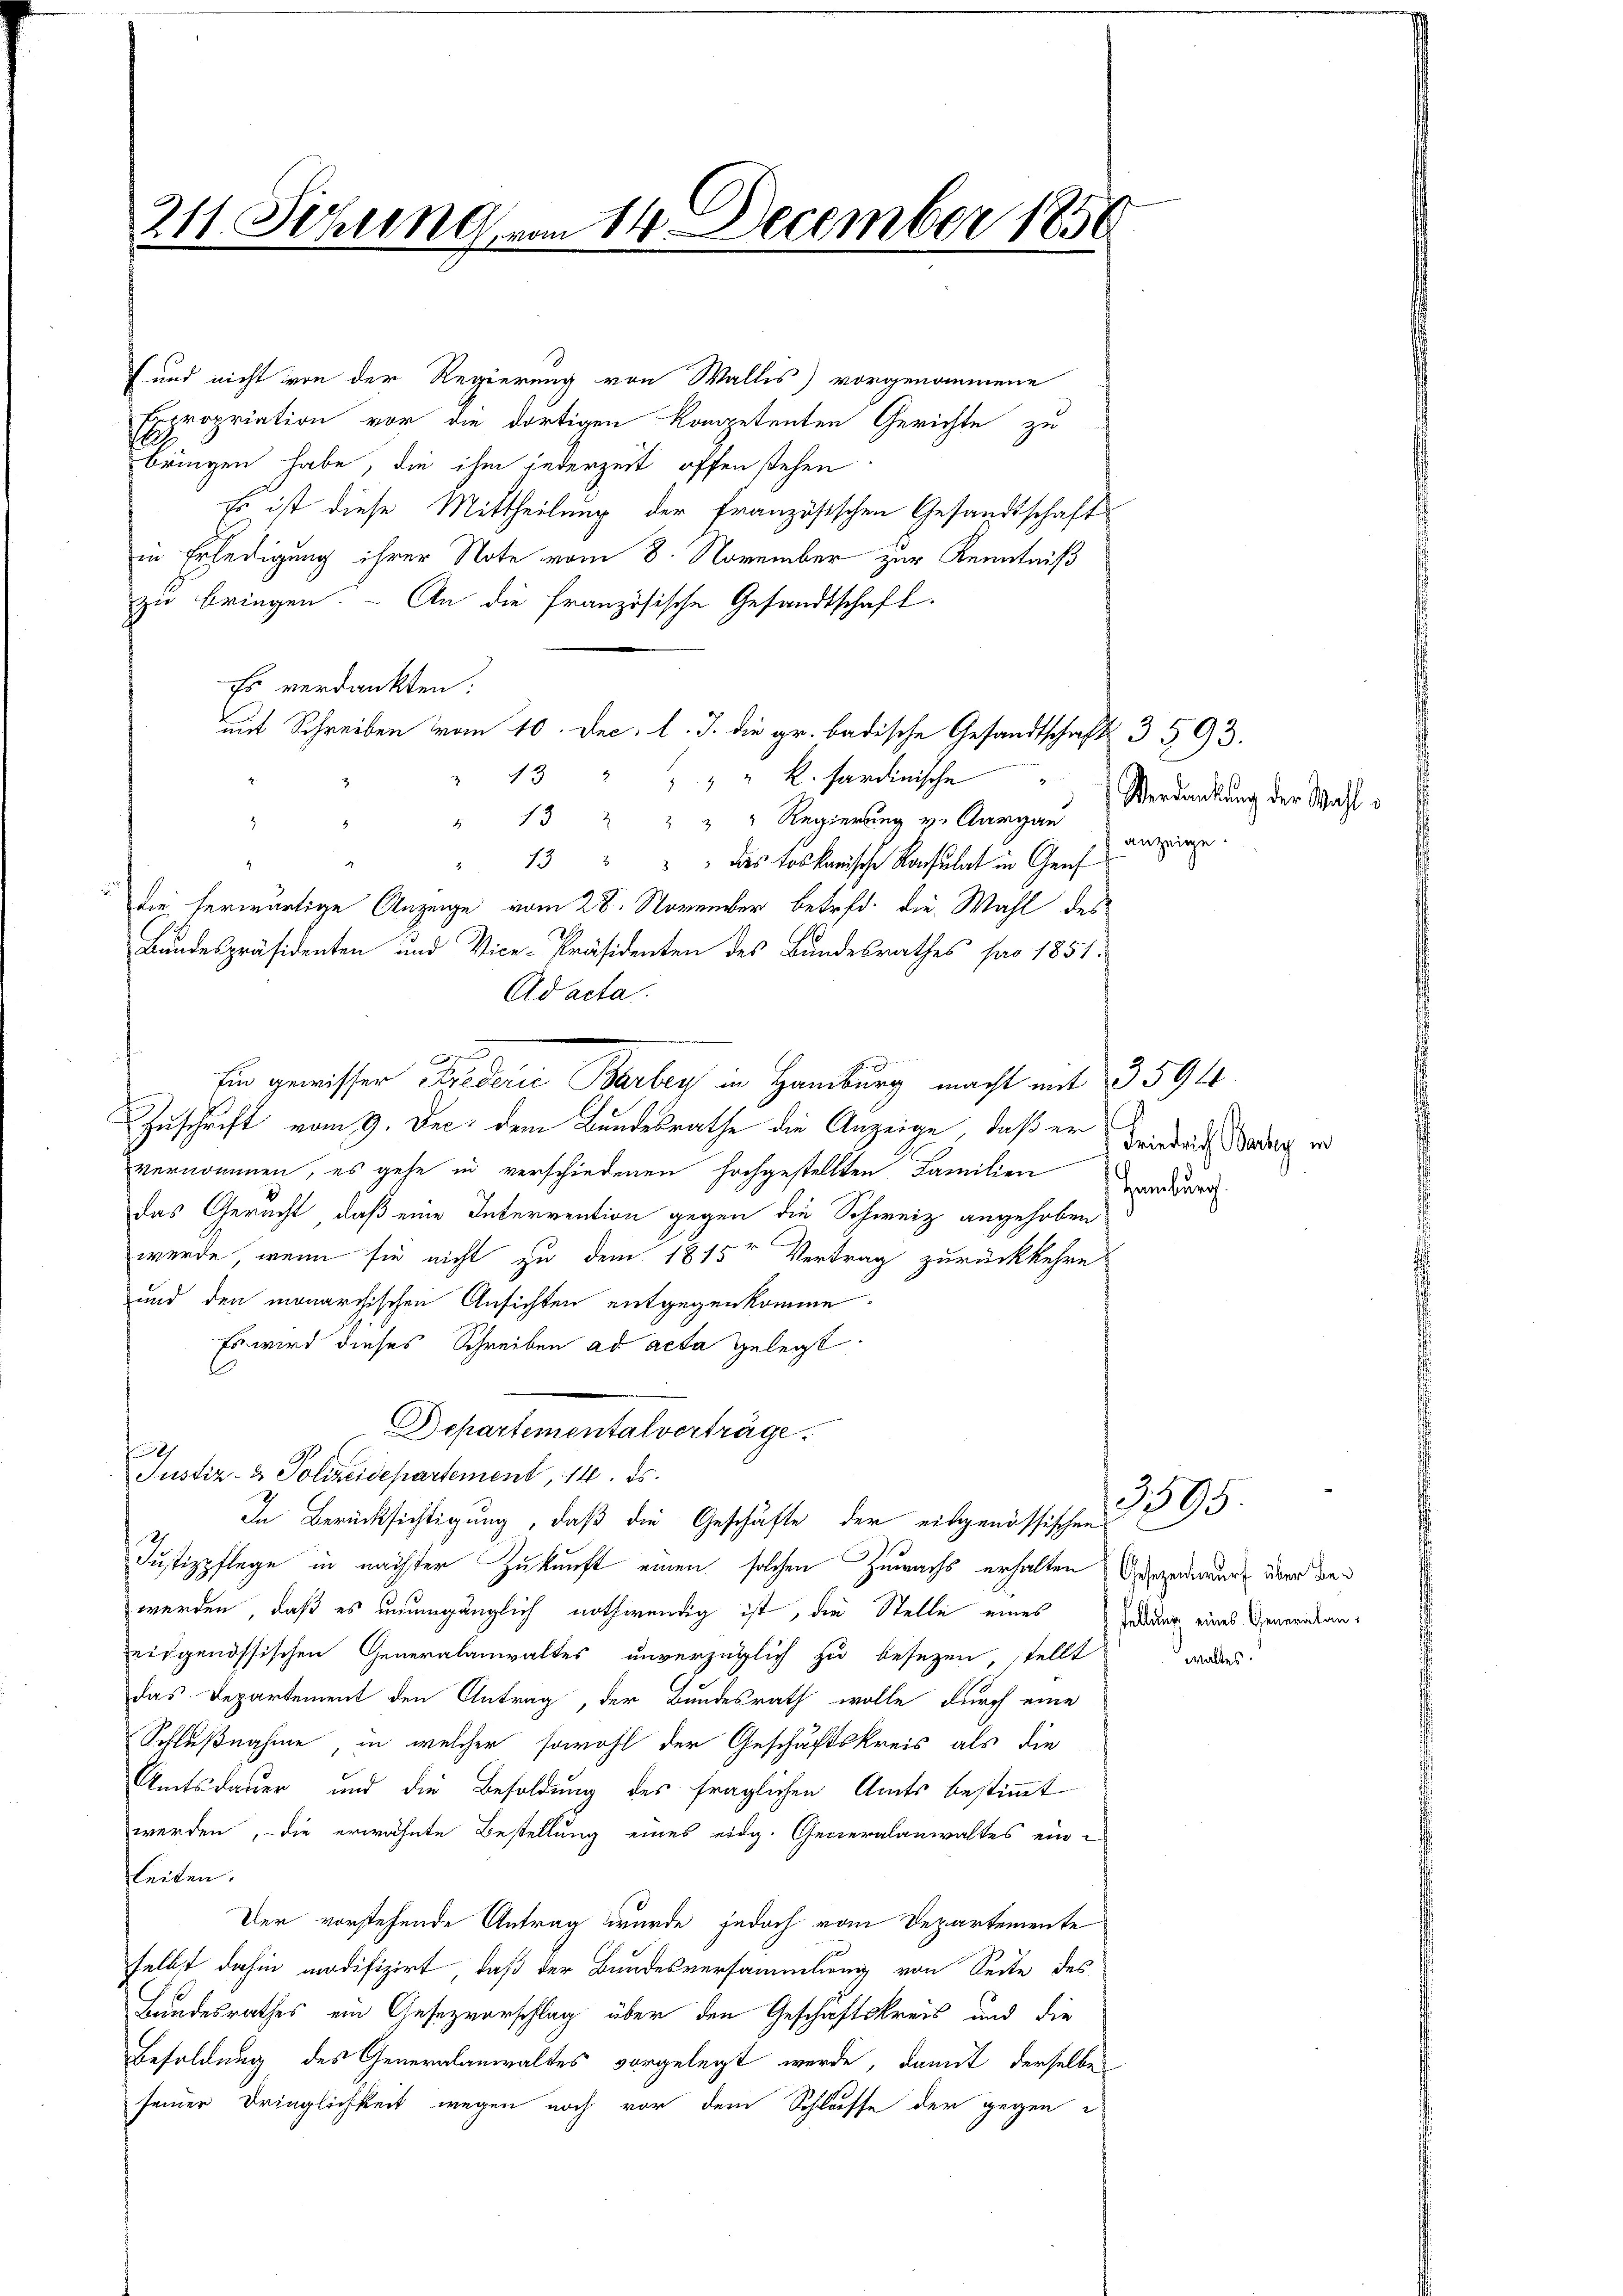
211. Schling vom 14. December 1850
e

und nicht von der Regierung von Wallis) vorgenommene
Erropriation vor die dortigen kompetenten Gerichte zu
fle
bringen habe, die ihm jederzeit offen stehen
Es ist diese Mittheilung der französischen Gesandtschaft
in Erledigung ihrer Note vom 8. November zur Kenntniß
zu bringen. - An die französische Gesandtschaft.
Es verdankten.
" 13 " " " " K. sardinische
3
" 13 " " " " Regierung v. Aargau
.
" 13 " " " das toskanische Konsulat in Genf
die herwärtige Anzeige vom 28. November betrfd. die Wahl des
Bundespräsidenten und Vice-Präsidenten des Bundesrathes pro 1851.
Ad acta.
Zuschrift vom 9. Dec. dem Bundesrathe die Anzeige, daß er
vernommen, es gehe in verschiedenen hochgestellten Familien
das Gerecht, daß eine Intervention gegen die Schweiz angehoben
werde, wenn sie nicht zu dem 1815r Vertrag zurückkehre
und den monarchischen Ansichten entgegenkomme.
Es wird dieses Schreiben ad acta gelegt
Departementalverträge.
Justiz- & Polizeidepartement, 14. ds.
In Berücksichtigung, daß die Geschäfte der eidgenössischen
Justizpflege in nächster Zukunft einen solchen Zuwachs erhalten besonderung über de
werden, daß es unumgänglich nothwendig ist, die Stelle eines Gelder eines Generalaneidgenössischen Generalanwaltes unverzüglich zu besezen, stellt
das Departement den Antrag, der Bundesrath wolle durch eine
Schlußnahme, in welcher sowohl der Geschäftskreis als die
Amtsdauer und die Besoldung des fraglichen Amts bestimmt
werden, die erwähnte Bestellung eines eidg. Generalanwaltes ein-
leiten.
Der vorstehende Antrag wurde jedoch vom Departemente
selbst dahin modifizirt, daß der Bundesversammlung von Seite des
Bandesrathes ein Gesezvorschlag über den Geschäftskreis und die
Besoldung des Generalanwaltes vorgelegt werde, damit derselbe
seiner Dringlichkeit wegen noch vor dem Schlusse der gegen

.

Ein gewisser Frederie Barbey in Hamburg macht mit 35944.

mit Schreiben vom 10. Dec. l. J. die gr. badische Gesandtschaft 3593.

Verdankung der Wahl

zeige

Friedrich Backey in
Hamburg.

3595.

waltes.